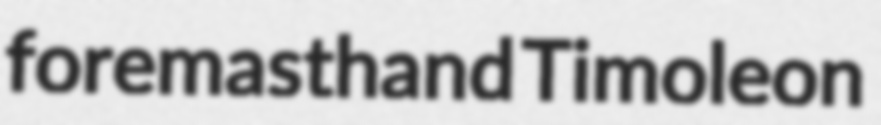
foremasthand Timoleon